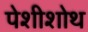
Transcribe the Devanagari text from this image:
पेशीशोथ